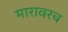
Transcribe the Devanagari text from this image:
मारावरच